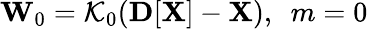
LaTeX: {\mathbf W}_{0}={\cal K}_{0}({\mathbf D}[{\mathbf X}]-{\mathbf X}),~~m=0